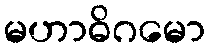
မဟာဓိဂမော